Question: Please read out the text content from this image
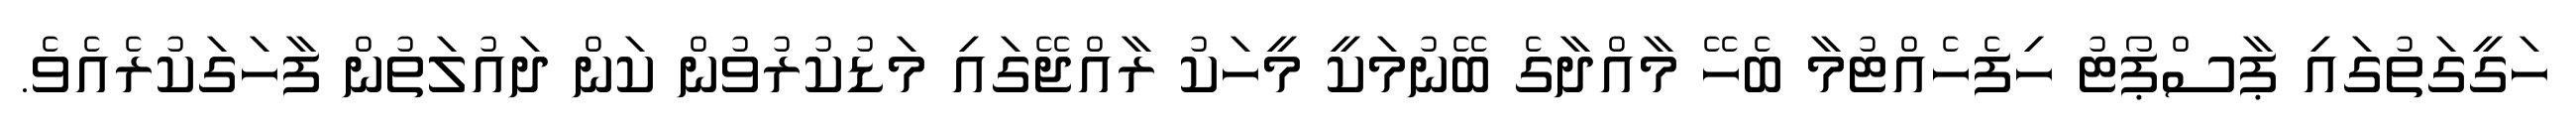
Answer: ހަގީގަތުގައި ޕާސްޕޯޓު ހިފެހެއްޓުމާ ބެހޭ މާއްދާގެ ބޭނުމަކީ މީހަކު ރާއްޖޭގައި މަޑުކުރުވުން ކަން ދައުލަތުން ފާހަގަކުރެއެވެ.